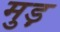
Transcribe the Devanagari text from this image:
मुड़़